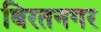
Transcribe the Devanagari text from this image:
बिरतनगर